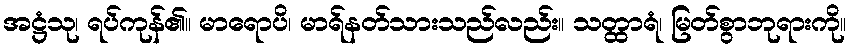
အဋ္ဌံသု၊ ရပ်ကုန်၏။ မာရောပိ၊ မာရ်နတ်သားသည်လည်း။ သတ္ထာရံ၊ မြတ်စွာဘုရားကို။